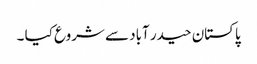
پاکستان حیدر آباد سے شروع کیا ۔